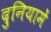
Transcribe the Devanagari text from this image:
दुनियामें